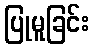
ပြုမူခြင်း